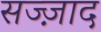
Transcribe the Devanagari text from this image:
सज्ज़ाद